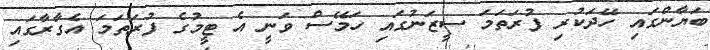
ބަޔާންގައި ހޭދަކުރި ފުރަތަމަ ސީޒަނުގައި ހަމޭސް ވަނީ އެ ޓީމުގެ ފުރަތަމަ އެގާރާގައި